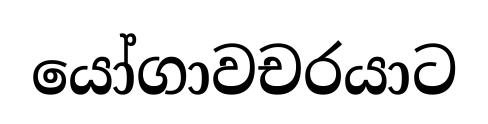
යෝගාවචරයාට